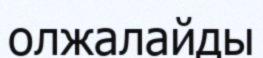
олжалайды